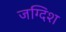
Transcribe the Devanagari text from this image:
जग्दिश